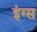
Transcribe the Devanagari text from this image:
इंग्स